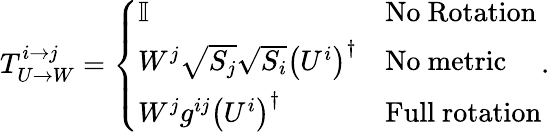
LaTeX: T_{U\rightarrow W}^{i\rightarrow j}=\left\{ \begin{array}{ll}{\mathbb{I}}&{\mathrm{No\ Rotation}}\\ {W^{j}\sqrt{S_{j}}\sqrt{S_{i}}\left(U^{i}\right)^{\dagger}}&{\mathrm{No\ metric}}\\ {W^{j}g^{ij}\left(U^{i}\right)^{\dagger}}&{\mathrm{Full\ rotation}}\end{array}\right..